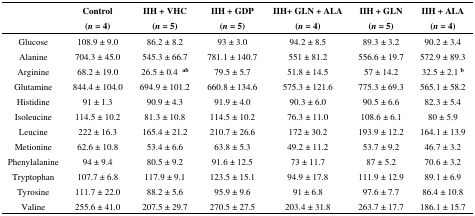
<table><thead><tr><td></td><td><b>Control (<i>n</i> = 4)</b></td><td><b>IIH + VHC (<i>n</i> = 5)</b></td><td><b>IIH + GDP (<i>n</i> = 5)</b></td><td><b>IIH+ GLN + ALA (<i>n</i> = 4)</b></td><td><b>IIH + GLN (<i>n</i> = 5)</b></td><td><b>IIH + ALA (<i>n</i> = 4)</b></td></tr></thead><tbody><tr><td>Glucose</td><td>108.9 ± 9.0</td><td>86.2 ± 8.2</td><td>93 ± 3.0</td><td>94.2 ± 8.5</td><td>89.3 ± 3.2</td><td>90.2 ± 3.4</td></tr><tr><td>Alanine</td><td>704.3 ± 45.0</td><td>545.3 ± 66.7</td><td>781.1 ± 140.7</td><td>551 ± 81.2</td><td>556.6 ± 19.7</td><td>572.9 ± 89.3</td></tr><tr><td>Arginine</td><td>68.2 ± 19.0</td><td>26.5 ± 0.4 <b><sup>ab</sup></b></td><td>79.5 ± 5.7</td><td>51.8 ± 14.5</td><td>57 ± 14.2</td><td>32.5 ± 2.1 <b><sup>b</sup></b></td></tr><tr><td>Glutamine</td><td>844.4 ± 104.0</td><td>694.9 ± 101.2</td><td>660.8 ± 134.6</td><td>575.3 ± 121.6</td><td>775.3 ± 69.3</td><td>565.1 ± 58.2</td></tr><tr><td>Histidine</td><td>91 ± 1.3</td><td>90.9 ± 4.3</td><td>91.9 ± 4.0</td><td>90.3 ± 6.0</td><td>90.5 ± 6.6</td><td>82.3 ± 5.4</td></tr><tr><td>Isoleucine</td><td>114.5 ± 10.2</td><td>81.3 ± 10.8</td><td>114.5 ± 10.2</td><td>76.3 ± 11.0</td><td>108.6 ± 6.1</td><td>80 ± 5.9</td></tr><tr><td>Leucine</td><td>222 ± 16.3</td><td>165.4 ± 21.2</td><td>210.7 ± 26.6</td><td>172 ± 30.2</td><td>193.9 ± 12.2</td><td>164.1 ± 13.9</td></tr><tr><td>Metionine</td><td>62.6 ± 10.8</td><td>53.4 ± 6.6</td><td>63.8 ± 5.3</td><td>49.2 ± 11.2</td><td>53.7 ± 9.2</td><td>46.7 ± 3.2</td></tr><tr><td>Phenylalanine</td><td>94 ± 9.4</td><td>80.5 ± 9.2</td><td>91.6 ± 12.5</td><td>73 ± 11.7</td><td>87 ± 5.2</td><td>70.6 ± 3.2</td></tr><tr><td>Tryptophan</td><td>107.7 ± 6.8</td><td>117.9 ± 9.1</td><td>123.5 ± 15.1</td><td>94.9 ± 17.8</td><td>111.9 ± 12.9</td><td>89.1 ± 6.9</td></tr><tr><td>Tyrosine</td><td>111.7 ± 22.0</td><td>88.2 ± 5.6</td><td>95.9 ± 9.6</td><td>91 ± 6.8</td><td>97.6 ± 7.7</td><td>86.4 ± 10.8</td></tr><tr><td>Valine</td><td>255.6 ± 41.0</td><td>207.5 ± 29.7</td><td>270.5 ± 27.5</td><td>203.4 ± 31.8</td><td>263.7 ± 17.7</td><td>186.1 ± 15.7</td></tr></tbody></table>